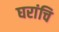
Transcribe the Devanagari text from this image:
घरांचि